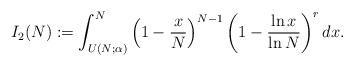
LaTeX: \begin{align*}I_2(N) := \int_{U(N; \alpha)}^N \left(1 - \frac{x}{N}\right)^{N-1} \left(1 - \frac{\ln x}{\ln N}\right)^r dx.\end{align*}